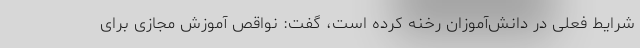
شرایط فعلی در دانش‌آموزان رخنه کرده است، گفت: نواقص آموزش مجازی برای